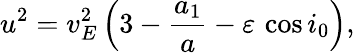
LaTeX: u^{2}=v_{E}^{2}\left(3-\frac{a_{1}}{a}-\varepsilon\, \cos i_{0}\right),